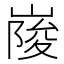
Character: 𡺲